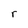
Character: r